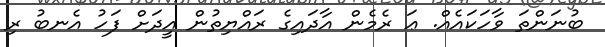
ބުނަންތަ ވާހަކައެއް. ޢަ ރެމެން އާދައިގެ ރައްޔިތުން އީދަށް ފަހު އެނބު ރި